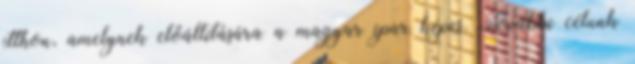
itthon, amelynek előállítására a magyar ipar képes. További célunk